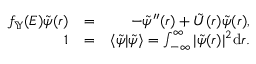
\begin{array} { r l r } { f _ { \mathbb { Y } } ( E ) \tilde { \psi } ( r ) } & { = } & { - \tilde { \psi } ^ { \prime \prime } ( r ) + \tilde { U } ( r ) \tilde { \psi } ( r ) , } \\ { 1 } & { = } & { \langle \tilde { \psi } | \tilde { \psi } \rangle = \int _ { - \infty } ^ { \infty } | \tilde { \psi } ( r ) | ^ { 2 } { \textrm d } r . } \end{array}